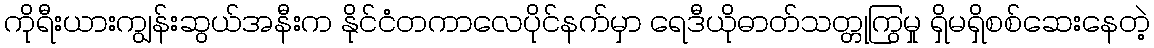
ကိုရီးယားကျွန်းဆွယ်အနီးက နိုင်ငံတကာလေပိုင်နက်မှာ ရေဒီယိုဓာတ်သတ္တုကြွမှု ရှိမရှိစစ်ဆေးနေတဲ့